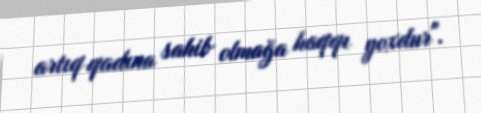
artıq qadına sahib olmağa haqqı yoxdur".